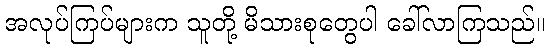
အလုပ်ကြပ်များက သူတို့ မိသားစုတွေပါ ခေါ်လာကြသည်။